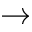
\to